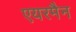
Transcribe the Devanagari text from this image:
एयरमैन